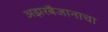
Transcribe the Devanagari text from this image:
अझरबैजानाचा